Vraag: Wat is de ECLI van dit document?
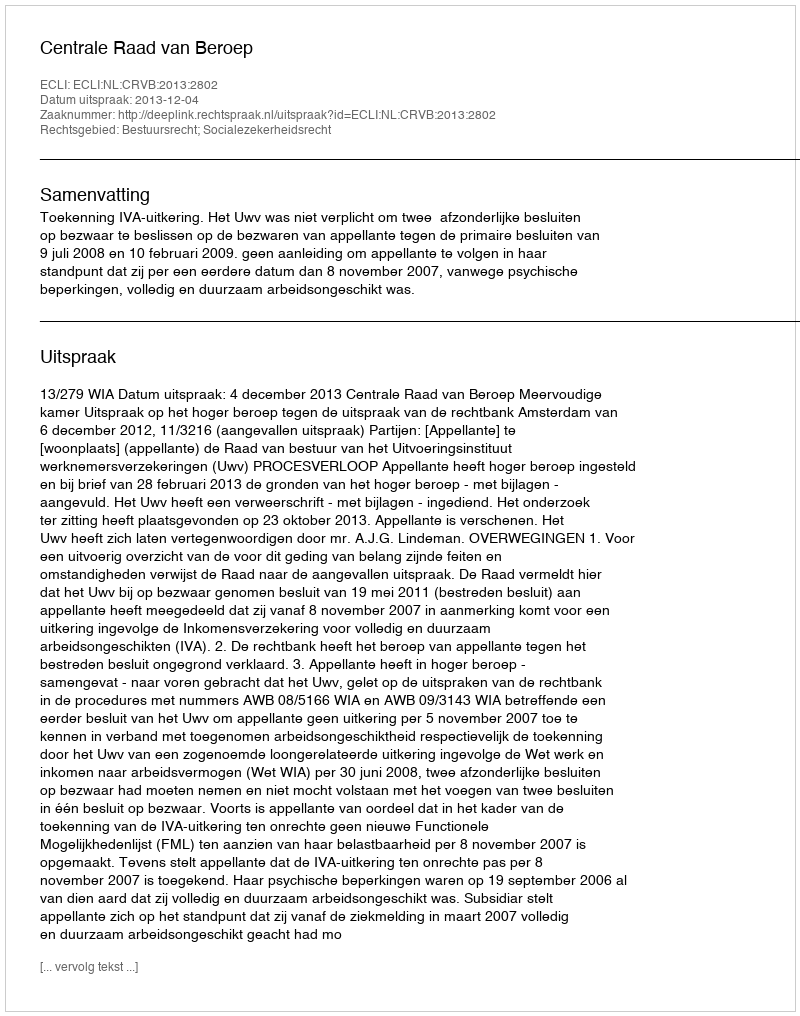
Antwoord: ECLI:NL:CRVB:2013:2802